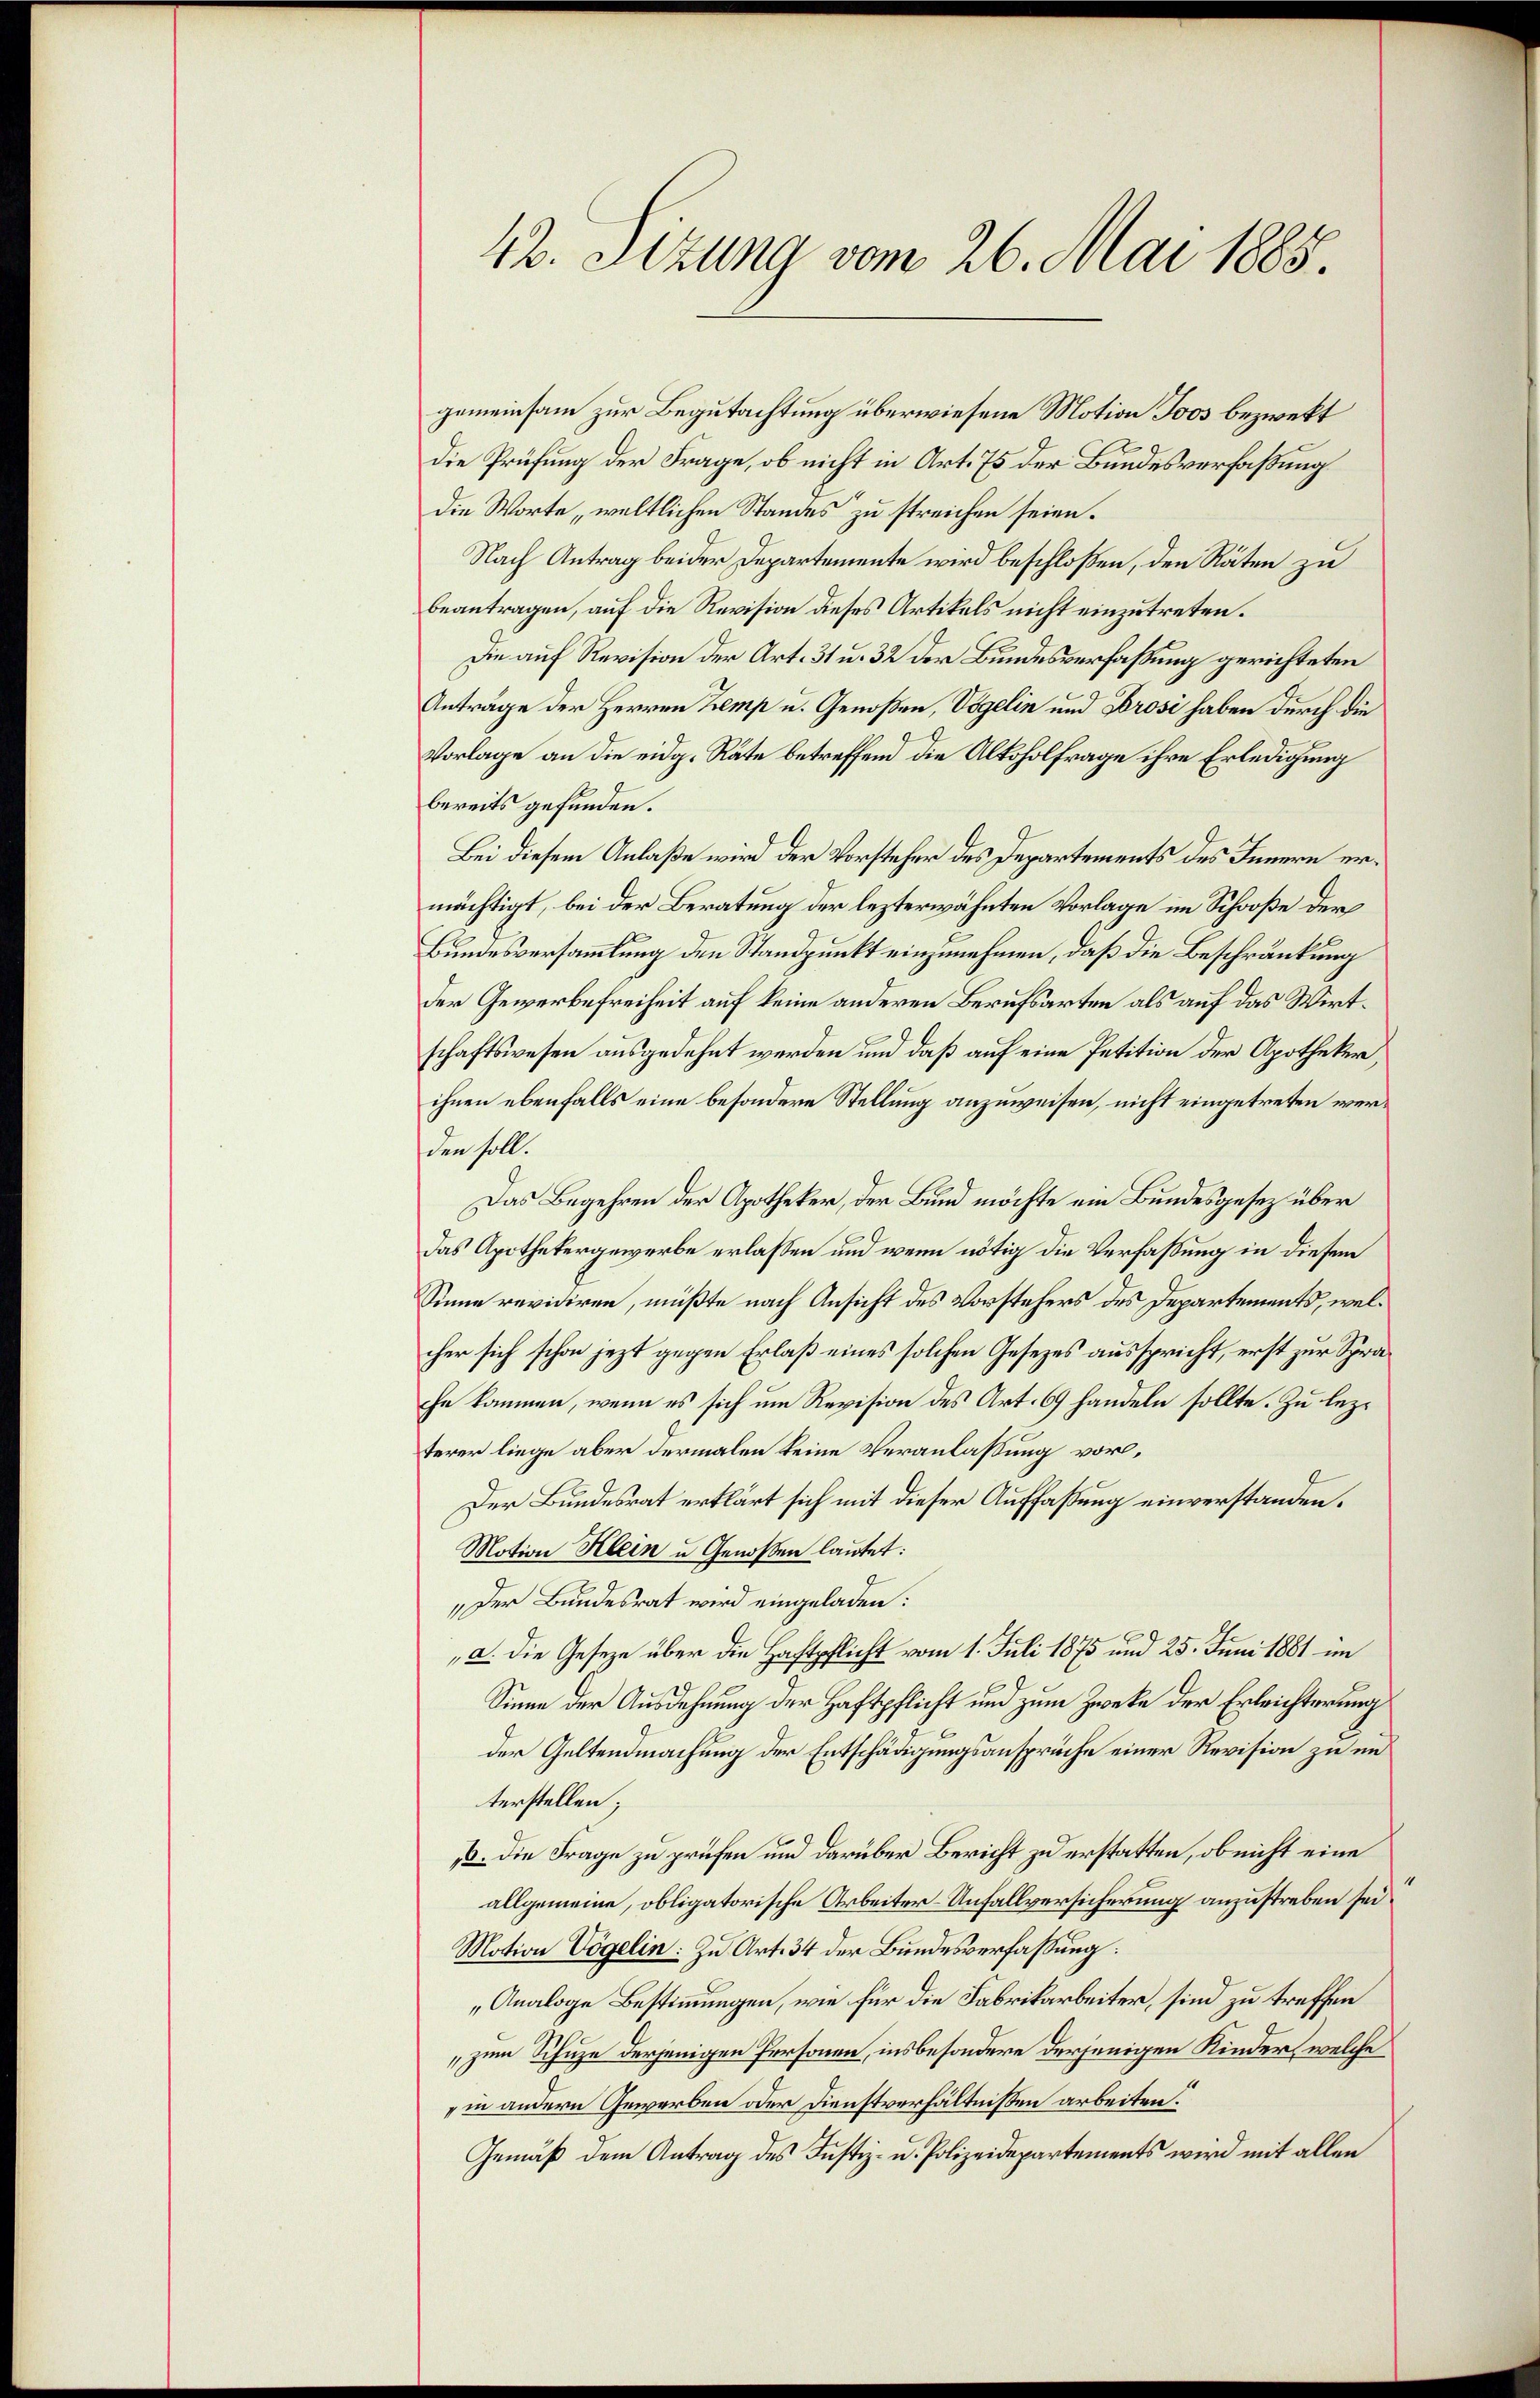
42. Sizung vom 26. Mai 1888.

gemeinsam zur Begutachtung überwiesene Motion Joos bezwekt
Die Prüfung der Frage, ob nicht in Art. 75 der Bundesverfaßung
die Worte, weltlichen Standes zu streichen seien.
Nach Antrag beider Departemente wird beschloßen, den Räten zu
beantragen, auf die Revision dieses Artikels nicht einzutreten.
Die auf Revision der Art. 31 u. 32 der Bundesverfaßung gerichteten
Anträge der Herren Zemp u. Genoßen, Vögelin und Brosi haben durch die
Vorlage an die eidg. Räte betreffend die Alkoholfrage ihre Erledigung
bereits gefunden.
Bei diesem Anlaße wird der Vorsteher des Departements des Innern ermächtigt, bei der Beratung der lezterwähnten Vorlage im Schooße der
Bundesversammlung den Standpunkt einzunehmen, daß die Beschränkung
der Gewerbefreiheit auf keine anderen Berufsarten als auf das Wirtschaftswesen ausgedehnt werden und daß auf eine Petition der Apotheker,
ihnen ebenfalls eine besondere Stellung anzuweisen, nicht eingetreten werden soll.
Das Begehren der Apotheker, der Bund möchte ein Bundesgesez über
das Apothekergewerbe erlassen und wenn nötig die Verfassung in diesem
Sinne revidiren, müßte nach Ansicht des Vorstehers des Departements, welcher sich schon jezt gegen Erlaß eines solchen Gesetzes ausspricht, erst zur Sprahe kommen, wenn es sich um Revision des Art. 69 handeln sollte. Zu lezterer liege aber dermalen keine Veranlassung vor¬
Der Bundesrat erklärt sich mit dieser Auffaßung einverstanden.
Motion Klein u Genoßen lautet:
Der Bundesrat wird eingeladen:
„a. Die Gesetze über die Haftpflicht vom 1. Juli 1875 und 25. Juni 1881 im
Sinne der Ausdehnung der Haftpflicht und zum Zwecke der Erleichterung
der Geltendmachung der Entschädigungsansprüche einer Revision zu im
terstellen;
13. die Frage zu prüfen und darüber Bericht zu erstatten, ob nicht eine
allgemeine, obligatorische Arbeiter-Anfallversicherung anzustreben sei.
Motion Vögelin: Zu Art. 34 der Bundesverfassung:
„Analoge Bestimmungen, wie für die Fabrikarbeiter, sind zu treffen
„zum Schuze derjenigen Personen, insbesondere derjenigen Kinder, welche
in andern Gewerben oder Dienstverhältnissen arbeiten.
Gemäß dem Antrag des Justiz- u. Polizeidepartements wird mit allen